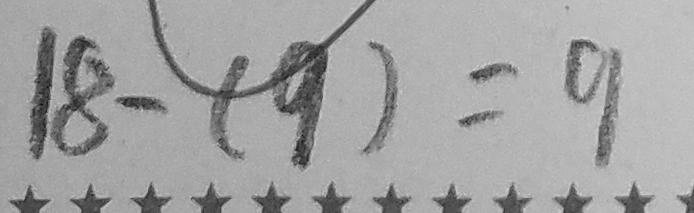
1 8 - ( 9 ) = 9